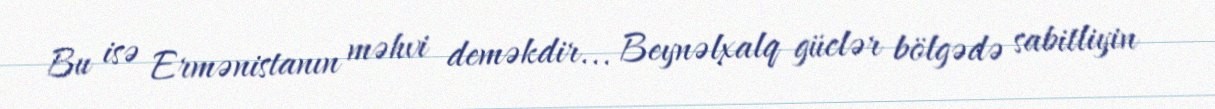
Bu isə Ermənistanın məhvi deməkdir... Beynəlxalq güclər bölgədə sabitliyin